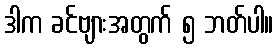
ဒါက ခင်ဗျားအတွက် ၅ ဘတ်ပါ။